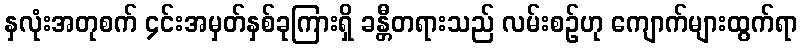
နှလုံးအတုစက် ၄င်းအမှတ်နှစ်ခုကြားရှိ ခန္တီတရားသည် လမ်းစဉ်ဟု ကျောက်များထွက်ရာ